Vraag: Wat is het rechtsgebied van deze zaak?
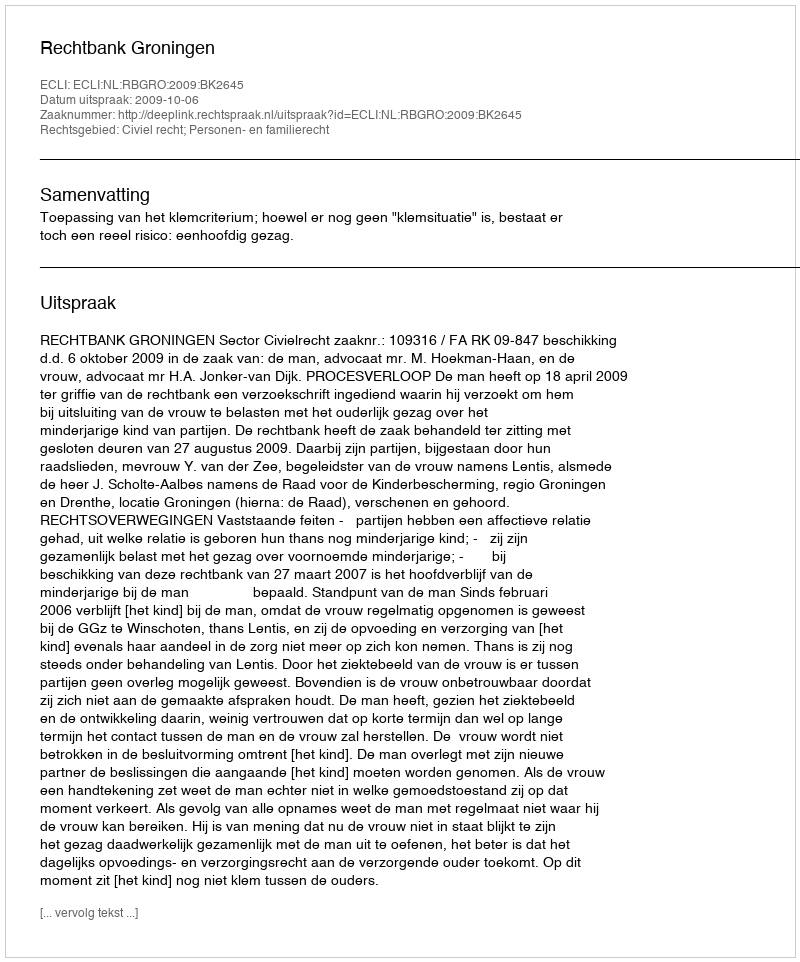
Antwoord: Civiel recht; Personen- en familierecht